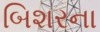
બિશરના